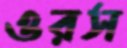
ওরস